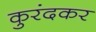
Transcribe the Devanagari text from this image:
कुरंदकर